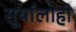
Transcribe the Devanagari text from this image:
सूर्यालाही